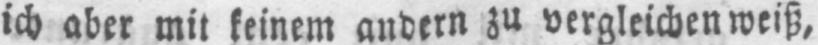
ich aber mit keinem andern zu vergleichen weiß,